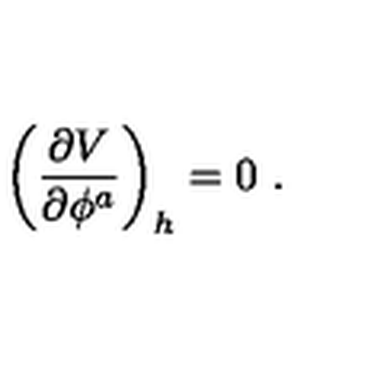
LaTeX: \left( { \frac { \partial V } { \partial \phi ^ { a } } } \right) _ { h } = 0 \ .